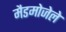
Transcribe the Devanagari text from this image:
मैडमोजेले